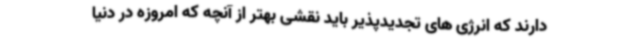
دارند که انرژی های تجدیدپذیر باید نقشی بهتر از آنچه که امروزه در دنیا